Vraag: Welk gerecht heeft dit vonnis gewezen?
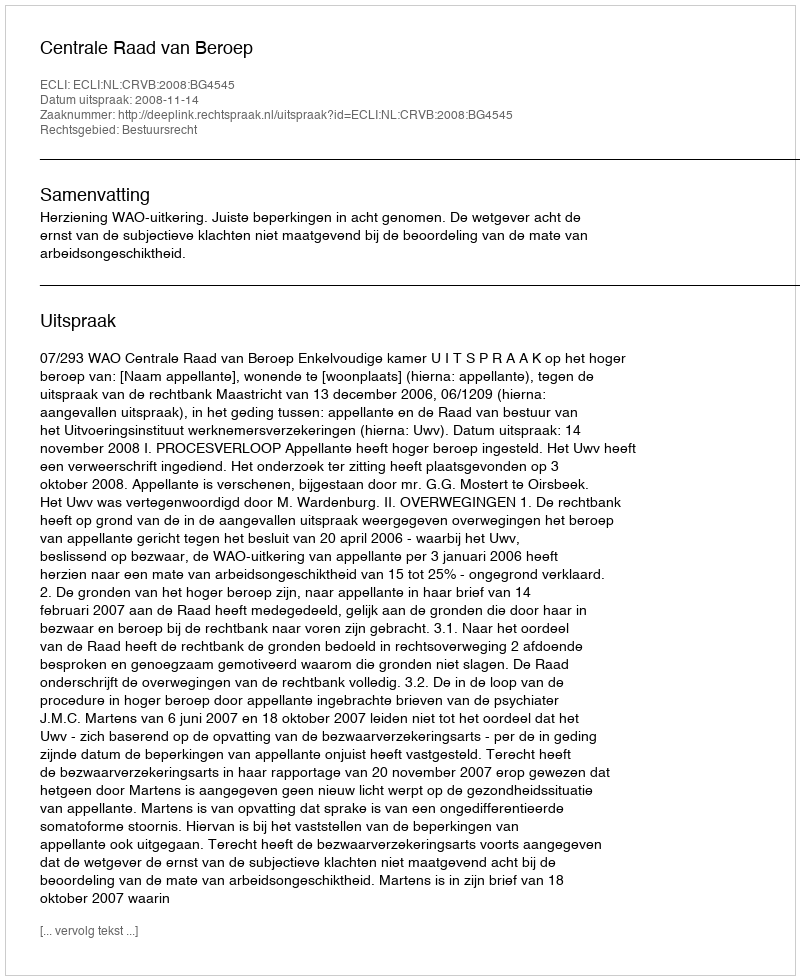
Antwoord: Centrale Raad van Beroep